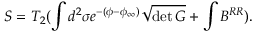
S = T _ { 2 } ( \int d ^ { 2 } \sigma e ^ { - ( \phi - \phi _ { \infty } ) } \sqrt { \operatorname * { d e t } { G } } + \int B ^ { R R } ) .